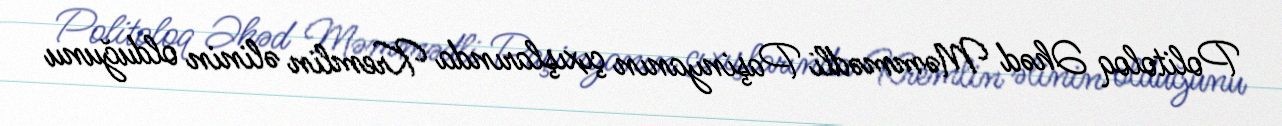
Politoloq Əhəd Məmmədli Paşinyanın çıxışlarında Kremlin əlinin olduğunu